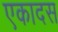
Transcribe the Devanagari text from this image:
एकादस